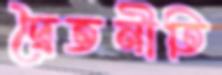
দ্বৈতনীতি